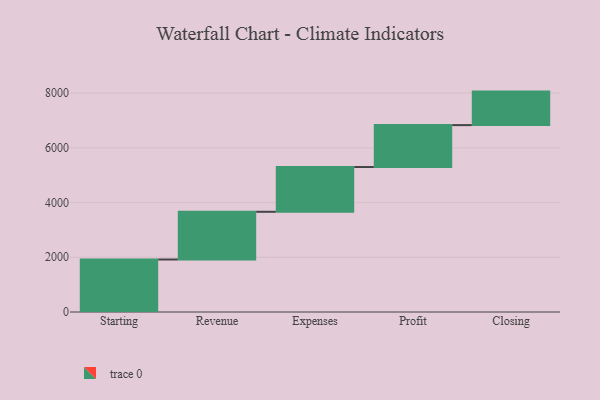
{"axis": {"x": "Step", "y": "Value"}, "legend": [""], "data": [{"x": "Starting", "y": 1919.0, "type": ""}, {"x": "Revenue", "y": 1744.0, "type": ""}, {"x": "Expenses", "y": 1636.0, "type": ""}, {"x": "Profit", "y": 1532.0, "type": ""}, {"x": "Closing", "y": 1225.0, "type": ""}]}